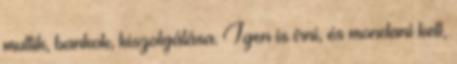
multik, bankok, kiszolgálása. Igen is írni, és mondani kell,